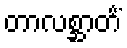
တာလစ္ဆာတိံ